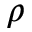
\rho